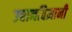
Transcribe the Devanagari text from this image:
उद्यानविज्ञानी